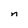
Character: n